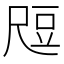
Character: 𬤶